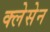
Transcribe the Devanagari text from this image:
क्लेसेन